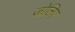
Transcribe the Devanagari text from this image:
जोलिए